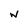
Character: w